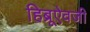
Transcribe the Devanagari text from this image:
हिब्रूऐवजी